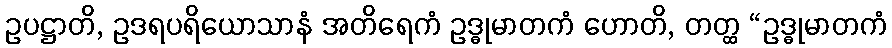
ဥပဋ္ဌာတိ, ဥဒရပရိယောသာနံ အတိရေကံ ဥဒ္ဓုမာတကံ ဟောတိ, တတ္ထ “ဥဒ္ဓုမာတကံ